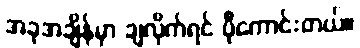
အခုအချိန်မှာ ချလိုက်ရင် ပိုကောင်းတယ်။